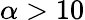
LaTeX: \alpha>10